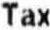
TAX